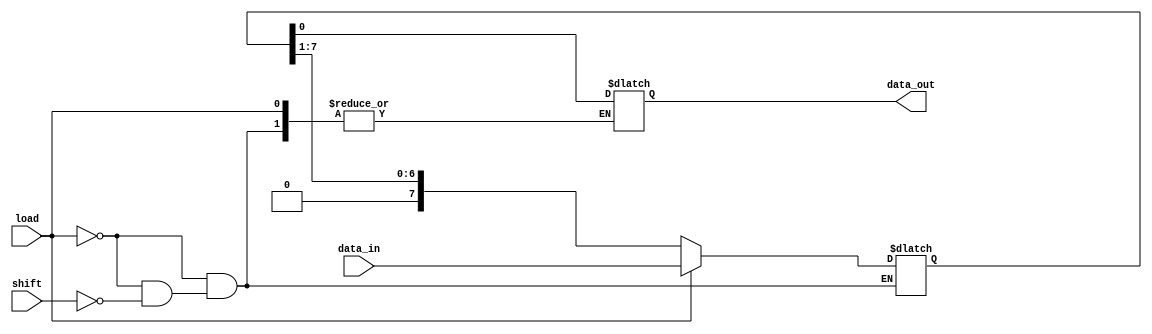
module async_PISO #(parameter N = 8) (
    input  wire [N-1:0] data_in,  // Parallel input data
    input  wire load,              // Load control signal
    input  wire shift,             // Shift control signal
    output reg  data_out           // Serial output
);

    reg [N-1:0] reg_data;          // Internal register to hold data
    reg [N-1:0] shift_reg;         // Shift register

    always @* begin
        // If load signal is high, load the input data asynchronously
        if (load) begin
            reg_data = data_in;
            shift_reg = data_in;   // Initialize shift register with input data
        end else if (shift) begin
            // If shift signal is high, shift the data out
            data_out = shift_reg[0]; // Output the LSB
            shift_reg = {1'b0, shift_reg[N-1:1]}; // Shift right
        end else begin
            // Maintain current state if neither load nor shift is active
            data_out = data_out; // Hold the last output
            shift_reg = shift_reg; // Hold the current shift register state
        end
    end

endmodule